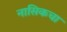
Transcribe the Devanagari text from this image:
नासिकचा